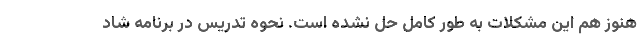
هنوز هم این مشکلات به طور کامل حل نشده است. نحوه تدریس در برنامه شاد